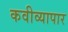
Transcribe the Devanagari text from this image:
कवीव्यापार